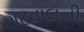
ગઢવાલની